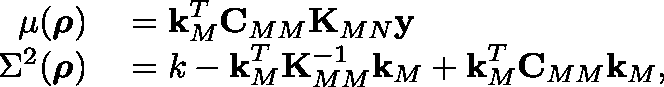
\begin{array} { r l } { \mu ( \boldsymbol { \mathbf { \rho } } ) } & { { } = \boldsymbol { \mathbf { k } } _ { M } ^ { T } \boldsymbol { \mathbf { C } } _ { M M } \boldsymbol { \mathbf { K } } _ { M N } \boldsymbol { \mathbf { y } } } \\ { \Sigma ^ { 2 } ( \boldsymbol { \mathbf { \rho } } ) } & { { } = k - \boldsymbol { \mathbf { k } } _ { M } ^ { T } \boldsymbol { \mathbf { K } } _ { M M } ^ { - 1 } \boldsymbol { \mathbf { k } } _ { M } + \boldsymbol { \mathbf { k } } _ { M } ^ { T } \boldsymbol { \mathbf { C } } _ { M M } \boldsymbol { \mathbf { k } } _ { M } , } \end{array}